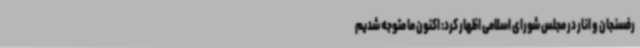
رفسنجان و انار در مجلس شورای اسلامی اظهار کرد: اکنون ما متوجه شدیم